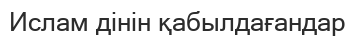
Ислам дінін қабылдағандар